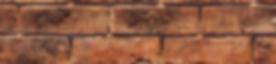
7 db bejegyzés e év: 62 db bejegyzés Összes: